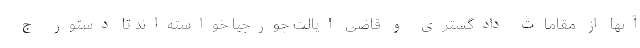
آنها از مقامات دادگستری و قاضی ایالت جورجیا خواسته‌اند تا دستور ج